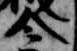
令